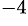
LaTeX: ^{-4}